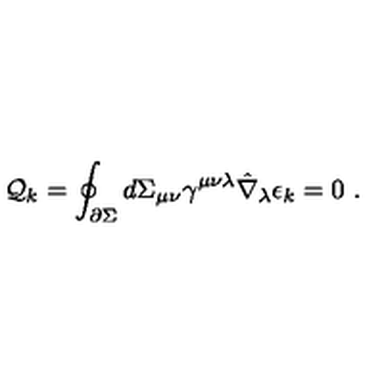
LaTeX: { \cal Q } _ { k } = \oint _ { \partial \Sigma } d \Sigma _ { \mu \nu } \gamma ^ { \mu \nu \lambda } \hat { \nabla } _ { \lambda } \epsilon _ { k } = 0 \ .